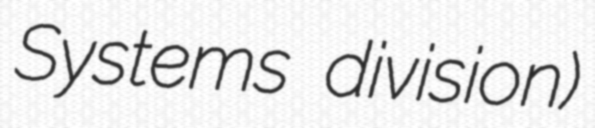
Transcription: Systems division)